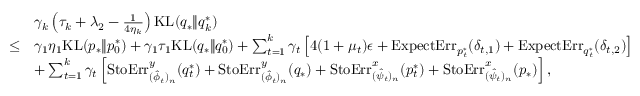
\begin{array} { r l } & { \gamma _ { k } \left( \tau _ { k } + \lambda _ { 2 } - \frac { 1 } { 4 \eta _ { k } } \right) \mathrm { K L } ( q _ { * } \| q _ { k } ^ { * } ) } \\ { \leq } & { \gamma _ { 1 } \eta _ { 1 } \mathrm { K L } ( p _ { * } \| p _ { 0 } ^ { * } ) + \gamma _ { 1 } \tau _ { 1 } \mathrm { K L } ( q _ { * } \| q _ { 0 } ^ { * } ) + \sum _ { t = 1 } ^ { k } \gamma _ { t } \left[ 4 ( 1 + \mu _ { t } ) \epsilon + \mathrm { E x p e c t E r r } _ { p _ { t } ^ { * } } ( \delta _ { t , 1 } ) + \mathrm { E x p e c t E r r } _ { q _ { t } ^ { * } } ( \delta _ { t , 2 } ) \right] } \\ & { + \sum _ { t = 1 } ^ { k } \gamma _ { t } \left[ \mathrm { S t o E r r } _ { ( \hat { \phi } _ { t } ) _ { n } } ^ { y } ( q _ { t } ^ { * } ) + \mathrm { S t o E r r } _ { ( \hat { \phi } _ { t } ) _ { n } } ^ { y } ( q _ { * } ) + \mathrm { S t o E r r } _ { ( \hat { \psi } _ { t } ) _ { n } } ^ { x } ( p _ { t } ^ { * } ) + \mathrm { S t o E r r } _ { ( \hat { \psi } _ { t } ) _ { n } } ^ { x } ( p _ { * } ) \right] , } \end{array}